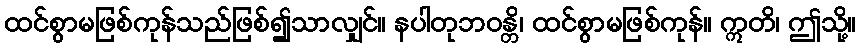
ထင်စွာမဖြစ်ကုန်သည်ဖြစ်၍သာလျှင်။ နပါတုဘဝန္တိ၊ ထင်စွာမဖြစ်ကုန်။ ဣတိ၊ ဤသို့။